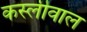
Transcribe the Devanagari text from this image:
कस्लीवाल